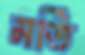
মর্তি